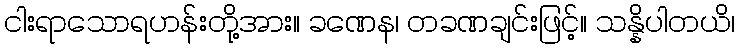
ငါးရာသောရဟန်းတို့အား။ ခဏေန၊ တခဏချင်းဖြင့်။ သန္နိပါတယိ၊